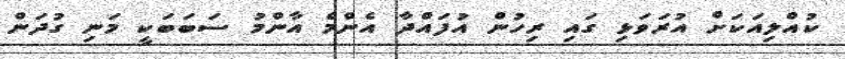
ކުއްލިއަކަށް އުރަވަޅި ގައި ރިހުން އުފައްދާ އެންމެ އާންމު ސަބަބަކީ މަނި ގުދަން